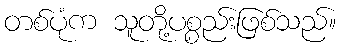
တစ်ပုံက သူတို့ပစ္စည်းဖြစ်သည်။